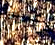
يتركون